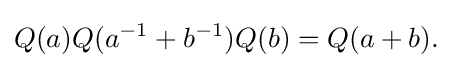
\displaystyle {Q(a)Q(a^{-1}+b^{-1})Q(b)=Q(a+b).}